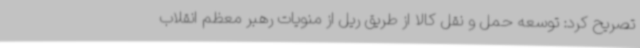
تصریح کرد: توسعه حمل و نقل کالا از طریق ریل از منویات رهبر معظم انقلاب